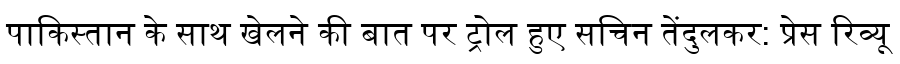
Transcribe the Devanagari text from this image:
पाकिस्तान के साथ खेलने की बात पर ट्रोल हुए सचिन तेंदुलकर: प्रेस रिव्यू